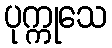
ပုက္ကုသေ